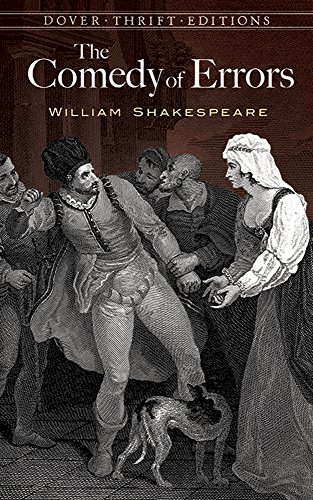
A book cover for The Comedy of Errors (Dover Thrift Editions); William Shakespeare; Literature & Fiction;